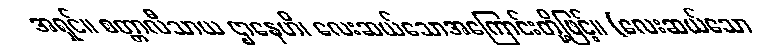
အရှင်။ စတ္တာလီသာယ ဌာနေဟိ၊ လေးဆယ်သောအကြောင်းတို့ဖြင့်။ (လေးဆယ်သော